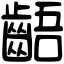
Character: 齬